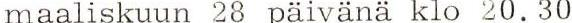
maaliskuun 28 päivänä klo 20.30